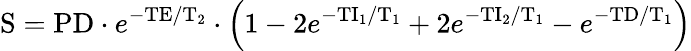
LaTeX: \mathrm{S}=\mathrm{PD}\cdot e^{-\mathrm{TE}/\mathrm{T}_{2}}\cdot\left(1-2e^{-\mathrm{TI}_{1}/\mathrm{T}_{1}}+2e^{-\mathrm{TI}_{2}/\mathrm{T}_{1}}-e^{-\mathrm{TD}/\mathrm{T}_{1}}\right)